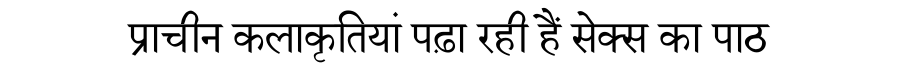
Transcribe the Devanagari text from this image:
प्राचीन कलाकृतियां पढ़ा रही हैं सेक्स का पाठ